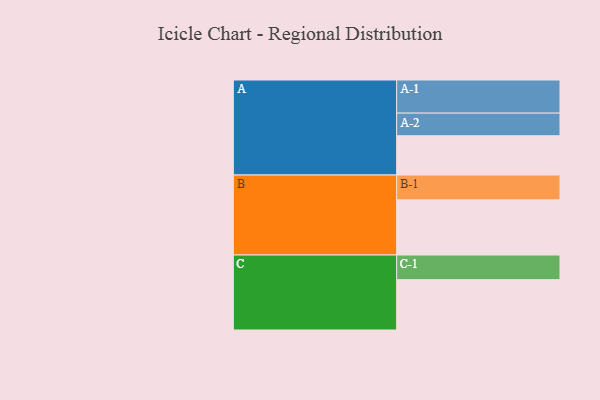
{"axis": {"x": "Segment", "y": "Value"}, "legend": ["", "A", "B", "C"], "data": [{"x": "A", "y": 337, "type": ""}, {"x": "B", "y": 473, "type": ""}, {"x": "C", "y": 432, "type": ""}, {"x": "A-1", "y": 284, "type": "A"}, {"x": "A-2", "y": 194, "type": "A"}, {"x": "B-1", "y": 213, "type": "B"}, {"x": "C-1", "y": 211, "type": "C"}]}